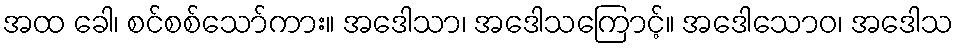
အထ ခေါ၊ စင်စစ်သော်ကား။ အဒေါသာ၊ အဒေါသကြောင့်။ အဒေါသောဝ၊ အဒေါသ